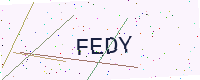
Text: FEDY